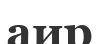
аир